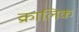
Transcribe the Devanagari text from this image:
क्रालिक